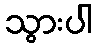
သွားပါ